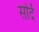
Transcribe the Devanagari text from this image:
सर्दि